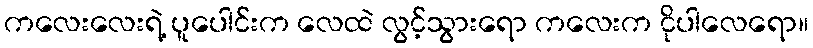
ကလေးလေးရဲ့ ပူပေါင်းက လေထဲ လွင့်သွားရော ကလေးက ငိုပါလေရော။